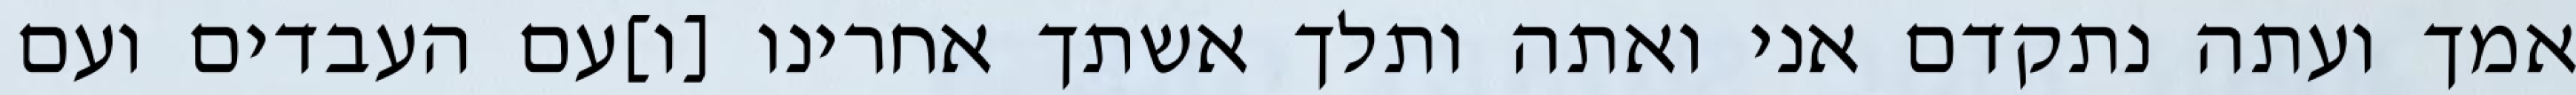
אמך ועתה נתקדם אני ואתה ותלך אשתך אחרינו [ו]עם העבדים ועם